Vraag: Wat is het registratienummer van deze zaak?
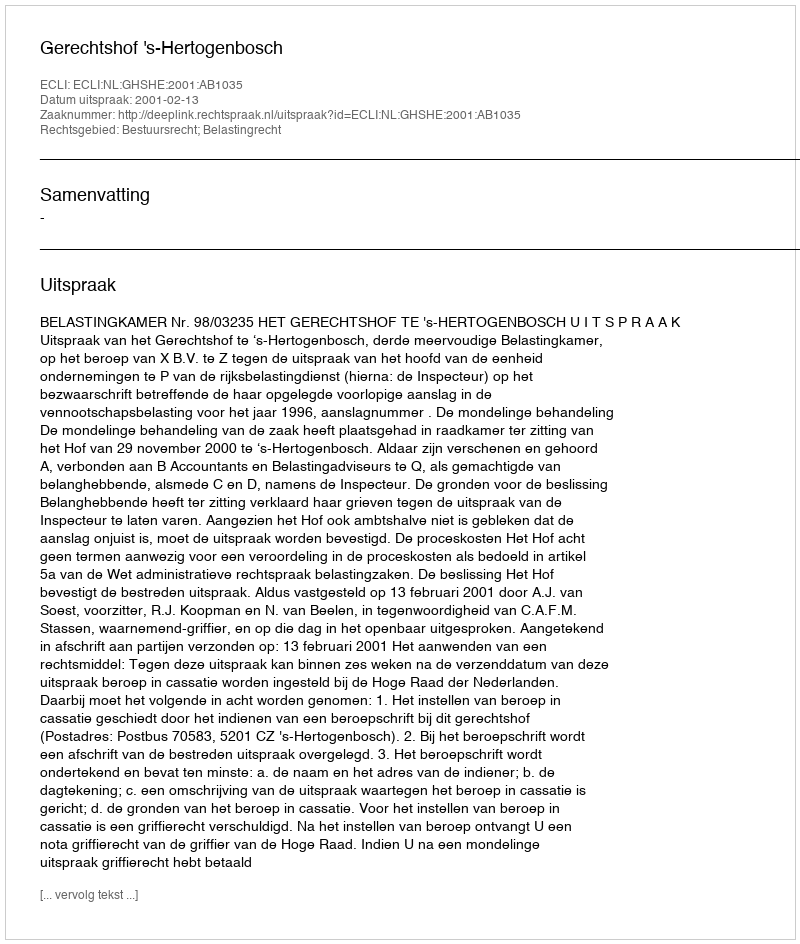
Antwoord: http://deeplink.rechtspraak.nl/uitspraak?id=ECLI:NL:GHSHE:2001:AB1035